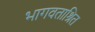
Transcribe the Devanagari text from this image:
भागवताश्रित